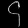
Digit: ၄